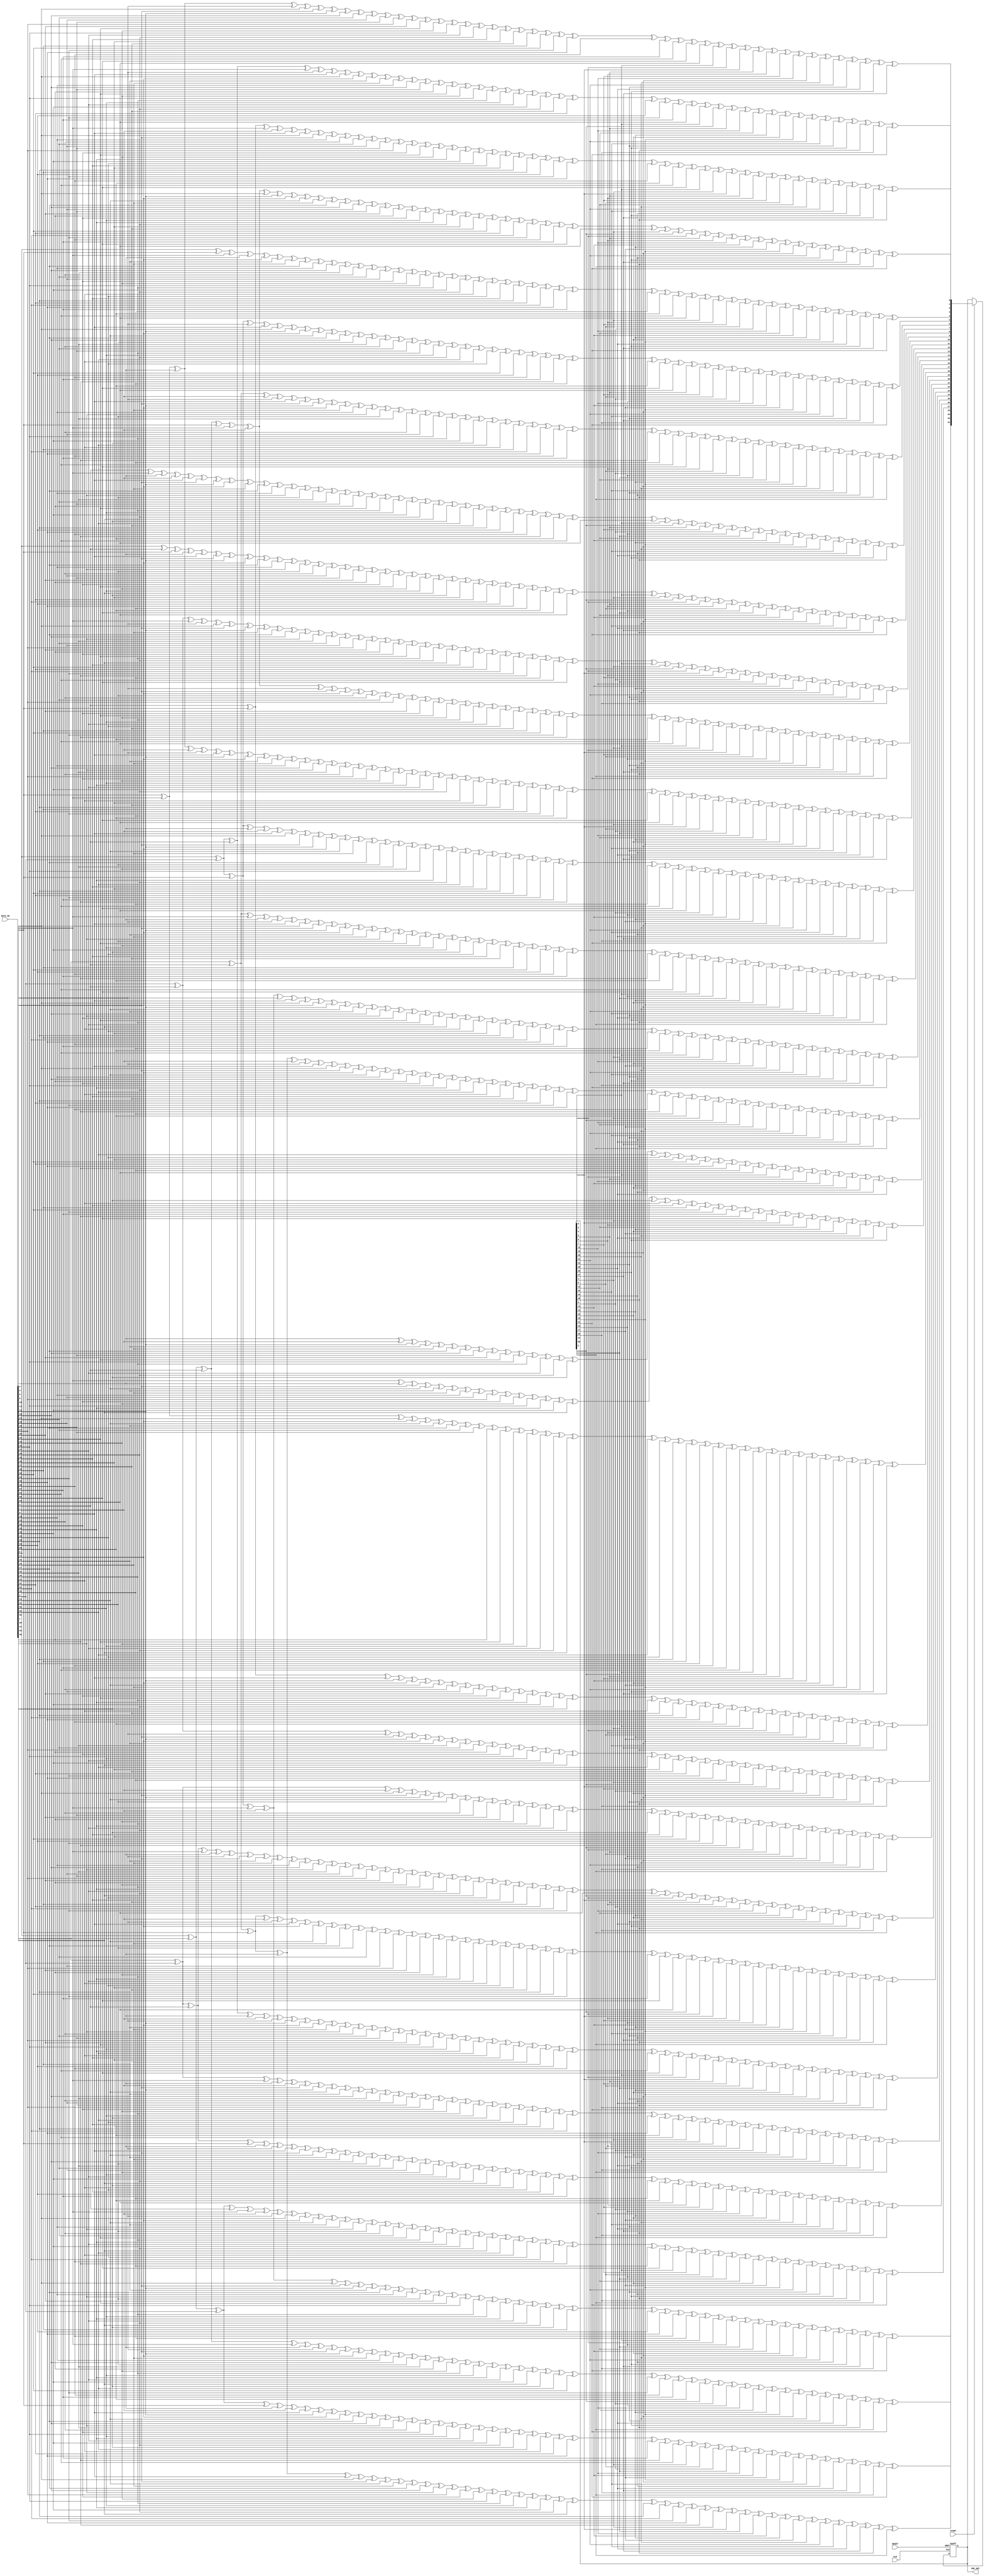
module CRC32_D64(DATA_IN, CLK, RESET, START, CRC_OUT);

  input [63:0] DATA_IN;
  input CLK;	
  input RESET;
  input START;
  output [31:0] CRC_OUT;
  
//  reg [31:0] CRC_FB;
  reg [31:0] CRC_OUT;
  reg [31:0] CRC_REG;

reg start_int;
reg startCRC;
wire [63:0] data_del;


assign   data_del = {DATA_IN[0],DATA_IN[1],DATA_IN[2],DATA_IN[3],DATA_IN[4],DATA_IN[5],DATA_IN[6],DATA_IN[7],
              DATA_IN[8],DATA_IN[9],DATA_IN[10],DATA_IN[11],DATA_IN[12],DATA_IN[13],DATA_IN[14],DATA_IN[15],
              DATA_IN[16],DATA_IN[17],DATA_IN[18],DATA_IN[19],DATA_IN[20],DATA_IN[21],DATA_IN[22],DATA_IN[23],
              DATA_IN[24],DATA_IN[25],DATA_IN[26],DATA_IN[27],DATA_IN[28],DATA_IN[29],DATA_IN[30],DATA_IN[31],
              DATA_IN[32],DATA_IN[33],DATA_IN[34],DATA_IN[35],DATA_IN[36],DATA_IN[37],DATA_IN[38],DATA_IN[39],
              DATA_IN[40],DATA_IN[41],DATA_IN[42],DATA_IN[43],DATA_IN[44],DATA_IN[45],DATA_IN[46],DATA_IN[47],
              DATA_IN[48],DATA_IN[49],DATA_IN[50],DATA_IN[51],DATA_IN[52],DATA_IN[53],DATA_IN[54],DATA_IN[55],
              DATA_IN[56],DATA_IN[57],DATA_IN[58],DATA_IN[59],DATA_IN[60],DATA_IN[61],DATA_IN[62],DATA_IN[63]}; 

//assign   data_del = 64'h1000000000000000;

always @(START)
begin
   startCRC <= START; 
end

always @(posedge CLK or posedge RESET)
  begin
    if (RESET) begin
        CRC_OUT <= 0;
        CRC_REG <= 0;
    end
    
    else if (startCRC == 1) begin 
		    CRC_OUT <= nextCRC32_D64(data_del, CRC_OUT);
    end 
    	
  end
  
 
///////////////////////////////////////////////////////////////////////
//                                                                     
// Copyright (C) 1999-2003 Easics NV.                 
// This source file may be used and distributed without restriction    
// provided that this copyright statement is not removed from the file 
// and that any derivative work contains the original copyright notice
// and the associated disclaimer.
//
// THIS SOURCE FILE IS PROVIDED "AS IS" AND WITHOUT ANY EXPRESS
// OR IMPLIED WARRANTIES, INCLUDING, WITHOUT LIMITATION, THE IMPLIED
// WARRANTIES OF MERCHANTIBILITY AND FITNESS FOR A PARTICULAR PURPOSE.
//
// Purpose: Verilog module containing a synthesizable CRC function
//   * polynomial: (0 1 2 4 5 7 8 10 11 12 16 22 23 26 32)
//   * data width: 64
//                                                                     
// Info: tools@easics.be
//       http://www.easics.com                                  
///////////////////////////////////////////////////////////////////////

  // polynomial: (0 1 2 4 5 7 8 10 11 12 16 22 23 26 32)
  // data width: 64
  // convention: the first serial data bit is D[63]
  function [31:0] nextCRC32_D64;

    input [63:0] Data;
    input [31:0] CRC;

    reg [63:0] D;
    reg [31:0] C;
    reg [31:0] NewCRC;

  begin

    D = Data;
    C = CRC;

    NewCRC[0] = D[63] ^ D[61] ^ D[60] ^ D[58] ^ D[55] ^ D[54] ^ D[53] ^ 
                D[50] ^ D[48] ^ D[47] ^ D[45] ^ D[44] ^ D[37] ^ D[34] ^ 
                D[32] ^ D[31] ^ D[30] ^ D[29] ^ D[28] ^ D[26] ^ D[25] ^ 
                D[24] ^ D[16] ^ D[12] ^ D[10] ^ D[9] ^ D[6] ^ D[0] ^ 
                C[0] ^ C[2] ^ C[5] ^ C[12] ^ C[13] ^ C[15] ^ C[16] ^ 
                C[18] ^ C[21] ^ C[22] ^ C[23] ^ C[26] ^ C[28] ^ C[29] ^ 
                C[31];
    NewCRC[1] = D[63] ^ D[62] ^ D[60] ^ D[59] ^ D[58] ^ D[56] ^ D[53] ^ 
                D[51] ^ D[50] ^ D[49] ^ D[47] ^ D[46] ^ D[44] ^ D[38] ^ 
                D[37] ^ D[35] ^ D[34] ^ D[33] ^ D[28] ^ D[27] ^ D[24] ^ 
                D[17] ^ D[16] ^ D[13] ^ D[12] ^ D[11] ^ D[9] ^ D[7] ^ 
                D[6] ^ D[1] ^ D[0] ^ C[1] ^ C[2] ^ C[3] ^ C[5] ^ C[6] ^ 
                C[12] ^ C[14] ^ C[15] ^ C[17] ^ C[18] ^ C[19] ^ C[21] ^ 
                C[24] ^ C[26] ^ C[27] ^ C[28] ^ C[30] ^ C[31];
    NewCRC[2] = D[59] ^ D[58] ^ D[57] ^ D[55] ^ D[53] ^ D[52] ^ D[51] ^ 
                D[44] ^ D[39] ^ D[38] ^ D[37] ^ D[36] ^ D[35] ^ D[32] ^ 
                D[31] ^ D[30] ^ D[26] ^ D[24] ^ D[18] ^ D[17] ^ D[16] ^ 
                D[14] ^ D[13] ^ D[9] ^ D[8] ^ D[7] ^ D[6] ^ D[2] ^ 
                D[1] ^ D[0] ^ C[0] ^ C[3] ^ C[4] ^ C[5] ^ C[6] ^ C[7] ^ 
                C[12] ^ C[19] ^ C[20] ^ C[21] ^ C[23] ^ C[25] ^ C[26] ^ 
                C[27];
    NewCRC[3] = D[60] ^ D[59] ^ D[58] ^ D[56] ^ D[54] ^ D[53] ^ D[52] ^ 
                D[45] ^ D[40] ^ D[39] ^ D[38] ^ D[37] ^ D[36] ^ D[33] ^ 
                D[32] ^ D[31] ^ D[27] ^ D[25] ^ D[19] ^ D[18] ^ D[17] ^ 
                D[15] ^ D[14] ^ D[10] ^ D[9] ^ D[8] ^ D[7] ^ D[3] ^ 
                D[2] ^ D[1] ^ C[0] ^ C[1] ^ C[4] ^ C[5] ^ C[6] ^ C[7] ^ 
                C[8] ^ C[13] ^ C[20] ^ C[21] ^ C[22] ^ C[24] ^ C[26] ^ 
                C[27] ^ C[28];
    NewCRC[4] = D[63] ^ D[59] ^ D[58] ^ D[57] ^ D[50] ^ D[48] ^ D[47] ^ 
                D[46] ^ D[45] ^ D[44] ^ D[41] ^ D[40] ^ D[39] ^ D[38] ^ 
                D[33] ^ D[31] ^ D[30] ^ D[29] ^ D[25] ^ D[24] ^ D[20] ^ 
                D[19] ^ D[18] ^ D[15] ^ D[12] ^ D[11] ^ D[8] ^ D[6] ^ 
                D[4] ^ D[3] ^ D[2] ^ D[0] ^ C[1] ^ C[6] ^ C[7] ^ C[8] ^ 
                C[9] ^ C[12] ^ C[13] ^ C[14] ^ C[15] ^ C[16] ^ C[18] ^ 
                C[25] ^ C[26] ^ C[27] ^ C[31];
    NewCRC[5] = D[63] ^ D[61] ^ D[59] ^ D[55] ^ D[54] ^ D[53] ^ D[51] ^ 
                D[50] ^ D[49] ^ D[46] ^ D[44] ^ D[42] ^ D[41] ^ D[40] ^ 
                D[39] ^ D[37] ^ D[29] ^ D[28] ^ D[24] ^ D[21] ^ D[20] ^ 
                D[19] ^ D[13] ^ D[10] ^ D[7] ^ D[6] ^ D[5] ^ D[4] ^ 
                D[3] ^ D[1] ^ D[0] ^ C[5] ^ C[7] ^ C[8] ^ C[9] ^ C[10] ^ 
                C[12] ^ C[14] ^ C[17] ^ C[18] ^ C[19] ^ C[21] ^ C[22] ^ 
                C[23] ^ C[27] ^ C[29] ^ C[31];
    NewCRC[6] = D[62] ^ D[60] ^ D[56] ^ D[55] ^ D[54] ^ D[52] ^ D[51] ^ 
                D[50] ^ D[47] ^ D[45] ^ D[43] ^ D[42] ^ D[41] ^ D[40] ^ 
                D[38] ^ D[30] ^ D[29] ^ D[25] ^ D[22] ^ D[21] ^ D[20] ^ 
                D[14] ^ D[11] ^ D[8] ^ D[7] ^ D[6] ^ D[5] ^ D[4] ^ 
                D[2] ^ D[1] ^ C[6] ^ C[8] ^ C[9] ^ C[10] ^ C[11] ^ 
                C[13] ^ C[15] ^ C[18] ^ C[19] ^ C[20] ^ C[22] ^ C[23] ^ 
                C[24] ^ C[28] ^ C[30];
    NewCRC[7] = D[60] ^ D[58] ^ D[57] ^ D[56] ^ D[54] ^ D[52] ^ D[51] ^ 
                D[50] ^ D[47] ^ D[46] ^ D[45] ^ D[43] ^ D[42] ^ D[41] ^ 
                D[39] ^ D[37] ^ D[34] ^ D[32] ^ D[29] ^ D[28] ^ D[25] ^ 
                D[24] ^ D[23] ^ D[22] ^ D[21] ^ D[16] ^ D[15] ^ D[10] ^ 
                D[8] ^ D[7] ^ D[5] ^ D[3] ^ D[2] ^ D[0] ^ C[0] ^ C[2] ^ 
                C[5] ^ C[7] ^ C[9] ^ C[10] ^ C[11] ^ C[13] ^ C[14] ^ 
                C[15] ^ C[18] ^ C[19] ^ C[20] ^ C[22] ^ C[24] ^ C[25] ^ 
                C[26] ^ C[28];
    NewCRC[8] = D[63] ^ D[60] ^ D[59] ^ D[57] ^ D[54] ^ D[52] ^ D[51] ^ 
                D[50] ^ D[46] ^ D[45] ^ D[43] ^ D[42] ^ D[40] ^ D[38] ^ 
                D[37] ^ D[35] ^ D[34] ^ D[33] ^ D[32] ^ D[31] ^ D[28] ^ 
                D[23] ^ D[22] ^ D[17] ^ D[12] ^ D[11] ^ D[10] ^ D[8] ^ 
                D[4] ^ D[3] ^ D[1] ^ D[0] ^ C[0] ^ C[1] ^ C[2] ^ C[3] ^ 
                C[5] ^ C[6] ^ C[8] ^ C[10] ^ C[11] ^ C[13] ^ C[14] ^ 
                C[18] ^ C[19] ^ C[20] ^ C[22] ^ C[25] ^ C[27] ^ C[28] ^ 
                C[31];
    NewCRC[9] = D[61] ^ D[60] ^ D[58] ^ D[55] ^ D[53] ^ D[52] ^ D[51] ^ 
                D[47] ^ D[46] ^ D[44] ^ D[43] ^ D[41] ^ D[39] ^ D[38] ^ 
                D[36] ^ D[35] ^ D[34] ^ D[33] ^ D[32] ^ D[29] ^ D[24] ^ 
                D[23] ^ D[18] ^ D[13] ^ D[12] ^ D[11] ^ D[9] ^ D[5] ^ 
                D[4] ^ D[2] ^ D[1] ^ C[0] ^ C[1] ^ C[2] ^ C[3] ^ C[4] ^ 
                C[6] ^ C[7] ^ C[9] ^ C[11] ^ C[12] ^ C[14] ^ C[15] ^ 
                C[19] ^ C[20] ^ C[21] ^ C[23] ^ C[26] ^ C[28] ^ C[29];
    NewCRC[10] = D[63] ^ D[62] ^ D[60] ^ D[59] ^ D[58] ^ D[56] ^ D[55] ^ 
                 D[52] ^ D[50] ^ D[42] ^ D[40] ^ D[39] ^ D[36] ^ D[35] ^ 
                 D[33] ^ D[32] ^ D[31] ^ D[29] ^ D[28] ^ D[26] ^ D[19] ^ 
                 D[16] ^ D[14] ^ D[13] ^ D[9] ^ D[5] ^ D[3] ^ D[2] ^ 
                 D[0] ^ C[0] ^ C[1] ^ C[3] ^ C[4] ^ C[7] ^ C[8] ^ C[10] ^ 
                 C[18] ^ C[20] ^ C[23] ^ C[24] ^ C[26] ^ C[27] ^ C[28] ^ 
                 C[30] ^ C[31];
    NewCRC[11] = D[59] ^ D[58] ^ D[57] ^ D[56] ^ D[55] ^ D[54] ^ D[51] ^ 
                 D[50] ^ D[48] ^ D[47] ^ D[45] ^ D[44] ^ D[43] ^ D[41] ^ 
                 D[40] ^ D[36] ^ D[33] ^ D[31] ^ D[28] ^ D[27] ^ D[26] ^ 
                 D[25] ^ D[24] ^ D[20] ^ D[17] ^ D[16] ^ D[15] ^ D[14] ^ 
                 D[12] ^ D[9] ^ D[4] ^ D[3] ^ D[1] ^ D[0] ^ C[1] ^ C[4] ^ 
                 C[8] ^ C[9] ^ C[11] ^ C[12] ^ C[13] ^ C[15] ^ C[16] ^ 
                 C[18] ^ C[19] ^ C[22] ^ C[23] ^ C[24] ^ C[25] ^ C[26] ^ 
                 C[27];
    NewCRC[12] = D[63] ^ D[61] ^ D[59] ^ D[57] ^ D[56] ^ D[54] ^ D[53] ^ 
                 D[52] ^ D[51] ^ D[50] ^ D[49] ^ D[47] ^ D[46] ^ D[42] ^ 
                 D[41] ^ D[31] ^ D[30] ^ D[27] ^ D[24] ^ D[21] ^ D[18] ^ 
                 D[17] ^ D[15] ^ D[13] ^ D[12] ^ D[9] ^ D[6] ^ D[5] ^ 
                 D[4] ^ D[2] ^ D[1] ^ D[0] ^ C[9] ^ C[10] ^ C[14] ^ 
                 C[15] ^ C[17] ^ C[18] ^ C[19] ^ C[20] ^ C[21] ^ C[22] ^ 
                 C[24] ^ C[25] ^ C[27] ^ C[29] ^ C[31];
    NewCRC[13] = D[62] ^ D[60] ^ D[58] ^ D[57] ^ D[55] ^ D[54] ^ D[53] ^ 
                 D[52] ^ D[51] ^ D[50] ^ D[48] ^ D[47] ^ D[43] ^ D[42] ^ 
                 D[32] ^ D[31] ^ D[28] ^ D[25] ^ D[22] ^ D[19] ^ D[18] ^ 
                 D[16] ^ D[14] ^ D[13] ^ D[10] ^ D[7] ^ D[6] ^ D[5] ^ 
                 D[3] ^ D[2] ^ D[1] ^ C[0] ^ C[10] ^ C[11] ^ C[15] ^ 
                 C[16] ^ C[18] ^ C[19] ^ C[20] ^ C[21] ^ C[22] ^ C[23] ^ 
                 C[25] ^ C[26] ^ C[28] ^ C[30];
    NewCRC[14] = D[63] ^ D[61] ^ D[59] ^ D[58] ^ D[56] ^ D[55] ^ D[54] ^ 
                 D[53] ^ D[52] ^ D[51] ^ D[49] ^ D[48] ^ D[44] ^ D[43] ^ 
                 D[33] ^ D[32] ^ D[29] ^ D[26] ^ D[23] ^ D[20] ^ D[19] ^ 
                 D[17] ^ D[15] ^ D[14] ^ D[11] ^ D[8] ^ D[7] ^ D[6] ^ 
                 D[4] ^ D[3] ^ D[2] ^ C[0] ^ C[1] ^ C[11] ^ C[12] ^ 
                 C[16] ^ C[17] ^ C[19] ^ C[20] ^ C[21] ^ C[22] ^ C[23] ^ 
                 C[24] ^ C[26] ^ C[27] ^ C[29] ^ C[31];
    NewCRC[15] = D[62] ^ D[60] ^ D[59] ^ D[57] ^ D[56] ^ D[55] ^ D[54] ^ 
                 D[53] ^ D[52] ^ D[50] ^ D[49] ^ D[45] ^ D[44] ^ D[34] ^ 
                 D[33] ^ D[30] ^ D[27] ^ D[24] ^ D[21] ^ D[20] ^ D[18] ^ 
                 D[16] ^ D[15] ^ D[12] ^ D[9] ^ D[8] ^ D[7] ^ D[5] ^ 
                 D[4] ^ D[3] ^ C[1] ^ C[2] ^ C[12] ^ C[13] ^ C[17] ^ 
                 C[18] ^ C[20] ^ C[21] ^ C[22] ^ C[23] ^ C[24] ^ C[25] ^ 
                 C[27] ^ C[28] ^ C[30];
    NewCRC[16] = D[57] ^ D[56] ^ D[51] ^ D[48] ^ D[47] ^ D[46] ^ D[44] ^ 
                 D[37] ^ D[35] ^ D[32] ^ D[30] ^ D[29] ^ D[26] ^ D[24] ^ 
                 D[22] ^ D[21] ^ D[19] ^ D[17] ^ D[13] ^ D[12] ^ D[8] ^ 
                 D[5] ^ D[4] ^ D[0] ^ C[0] ^ C[3] ^ C[5] ^ C[12] ^ C[14] ^ 
                 C[15] ^ C[16] ^ C[19] ^ C[24] ^ C[25];
    NewCRC[17] = D[58] ^ D[57] ^ D[52] ^ D[49] ^ D[48] ^ D[47] ^ D[45] ^ 
                 D[38] ^ D[36] ^ D[33] ^ D[31] ^ D[30] ^ D[27] ^ D[25] ^ 
                 D[23] ^ D[22] ^ D[20] ^ D[18] ^ D[14] ^ D[13] ^ D[9] ^ 
                 D[6] ^ D[5] ^ D[1] ^ C[1] ^ C[4] ^ C[6] ^ C[13] ^ C[15] ^ 
                 C[16] ^ C[17] ^ C[20] ^ C[25] ^ C[26];
    NewCRC[18] = D[59] ^ D[58] ^ D[53] ^ D[50] ^ D[49] ^ D[48] ^ D[46] ^ 
                 D[39] ^ D[37] ^ D[34] ^ D[32] ^ D[31] ^ D[28] ^ D[26] ^ 
                 D[24] ^ D[23] ^ D[21] ^ D[19] ^ D[15] ^ D[14] ^ D[10] ^ 
                 D[7] ^ D[6] ^ D[2] ^ C[0] ^ C[2] ^ C[5] ^ C[7] ^ C[14] ^ 
                 C[16] ^ C[17] ^ C[18] ^ C[21] ^ C[26] ^ C[27];
    NewCRC[19] = D[60] ^ D[59] ^ D[54] ^ D[51] ^ D[50] ^ D[49] ^ D[47] ^ 
                 D[40] ^ D[38] ^ D[35] ^ D[33] ^ D[32] ^ D[29] ^ D[27] ^ 
                 D[25] ^ D[24] ^ D[22] ^ D[20] ^ D[16] ^ D[15] ^ D[11] ^ 
                 D[8] ^ D[7] ^ D[3] ^ C[0] ^ C[1] ^ C[3] ^ C[6] ^ C[8] ^ 
                 C[15] ^ C[17] ^ C[18] ^ C[19] ^ C[22] ^ C[27] ^ C[28];
    NewCRC[20] = D[61] ^ D[60] ^ D[55] ^ D[52] ^ D[51] ^ D[50] ^ D[48] ^ 
                 D[41] ^ D[39] ^ D[36] ^ D[34] ^ D[33] ^ D[30] ^ D[28] ^ 
                 D[26] ^ D[25] ^ D[23] ^ D[21] ^ D[17] ^ D[16] ^ D[12] ^ 
                 D[9] ^ D[8] ^ D[4] ^ C[1] ^ C[2] ^ C[4] ^ C[7] ^ C[9] ^ 
                 C[16] ^ C[18] ^ C[19] ^ C[20] ^ C[23] ^ C[28] ^ C[29];
    NewCRC[21] = D[62] ^ D[61] ^ D[56] ^ D[53] ^ D[52] ^ D[51] ^ D[49] ^ 
                 D[42] ^ D[40] ^ D[37] ^ D[35] ^ D[34] ^ D[31] ^ D[29] ^ 
                 D[27] ^ D[26] ^ D[24] ^ D[22] ^ D[18] ^ D[17] ^ D[13] ^ 
                 D[10] ^ D[9] ^ D[5] ^ C[2] ^ C[3] ^ C[5] ^ C[8] ^ C[10] ^ 
                 C[17] ^ C[19] ^ C[20] ^ C[21] ^ C[24] ^ C[29] ^ C[30];
    NewCRC[22] = D[62] ^ D[61] ^ D[60] ^ D[58] ^ D[57] ^ D[55] ^ D[52] ^ 
                 D[48] ^ D[47] ^ D[45] ^ D[44] ^ D[43] ^ D[41] ^ D[38] ^ 
                 D[37] ^ D[36] ^ D[35] ^ D[34] ^ D[31] ^ D[29] ^ D[27] ^ 
                 D[26] ^ D[24] ^ D[23] ^ D[19] ^ D[18] ^ D[16] ^ D[14] ^ 
                 D[12] ^ D[11] ^ D[9] ^ D[0] ^ C[2] ^ C[3] ^ C[4] ^ 
                 C[5] ^ C[6] ^ C[9] ^ C[11] ^ C[12] ^ C[13] ^ C[15] ^ 
                 C[16] ^ C[20] ^ C[23] ^ C[25] ^ C[26] ^ C[28] ^ C[29] ^ 
                 C[30];
    NewCRC[23] = D[62] ^ D[60] ^ D[59] ^ D[56] ^ D[55] ^ D[54] ^ D[50] ^ 
                 D[49] ^ D[47] ^ D[46] ^ D[42] ^ D[39] ^ D[38] ^ D[36] ^ 
                 D[35] ^ D[34] ^ D[31] ^ D[29] ^ D[27] ^ D[26] ^ D[20] ^ 
                 D[19] ^ D[17] ^ D[16] ^ D[15] ^ D[13] ^ D[9] ^ D[6] ^ 
                 D[1] ^ D[0] ^ C[2] ^ C[3] ^ C[4] ^ C[6] ^ C[7] ^ C[10] ^ 
                 C[14] ^ C[15] ^ C[17] ^ C[18] ^ C[22] ^ C[23] ^ C[24] ^ 
                 C[27] ^ C[28] ^ C[30];
    NewCRC[24] = D[63] ^ D[61] ^ D[60] ^ D[57] ^ D[56] ^ D[55] ^ D[51] ^ 
                 D[50] ^ D[48] ^ D[47] ^ D[43] ^ D[40] ^ D[39] ^ D[37] ^ 
                 D[36] ^ D[35] ^ D[32] ^ D[30] ^ D[28] ^ D[27] ^ D[21] ^ 
                 D[20] ^ D[18] ^ D[17] ^ D[16] ^ D[14] ^ D[10] ^ D[7] ^ 
                 D[2] ^ D[1] ^ C[0] ^ C[3] ^ C[4] ^ C[5] ^ C[7] ^ C[8] ^ 
                 C[11] ^ C[15] ^ C[16] ^ C[18] ^ C[19] ^ C[23] ^ C[24] ^ 
                 C[25] ^ C[28] ^ C[29] ^ C[31];
    NewCRC[25] = D[62] ^ D[61] ^ D[58] ^ D[57] ^ D[56] ^ D[52] ^ D[51] ^ 
                 D[49] ^ D[48] ^ D[44] ^ D[41] ^ D[40] ^ D[38] ^ D[37] ^ 
                 D[36] ^ D[33] ^ D[31] ^ D[29] ^ D[28] ^ D[22] ^ D[21] ^ 
                 D[19] ^ D[18] ^ D[17] ^ D[15] ^ D[11] ^ D[8] ^ D[3] ^ 
                 D[2] ^ C[1] ^ C[4] ^ C[5] ^ C[6] ^ C[8] ^ C[9] ^ C[12] ^ 
                 C[16] ^ C[17] ^ C[19] ^ C[20] ^ C[24] ^ C[25] ^ C[26] ^ 
                 C[29] ^ C[30];
    NewCRC[26] = D[62] ^ D[61] ^ D[60] ^ D[59] ^ D[57] ^ D[55] ^ D[54] ^ 
                 D[52] ^ D[49] ^ D[48] ^ D[47] ^ D[44] ^ D[42] ^ D[41] ^ 
                 D[39] ^ D[38] ^ D[31] ^ D[28] ^ D[26] ^ D[25] ^ D[24] ^ 
                 D[23] ^ D[22] ^ D[20] ^ D[19] ^ D[18] ^ D[10] ^ D[6] ^ 
                 D[4] ^ D[3] ^ D[0] ^ C[6] ^ C[7] ^ C[9] ^ C[10] ^ C[12] ^ 
                 C[15] ^ C[16] ^ C[17] ^ C[20] ^ C[22] ^ C[23] ^ C[25] ^ 
                 C[27] ^ C[28] ^ C[29] ^ C[30];
    NewCRC[27] = D[63] ^ D[62] ^ D[61] ^ D[60] ^ D[58] ^ D[56] ^ D[55] ^ 
                 D[53] ^ D[50] ^ D[49] ^ D[48] ^ D[45] ^ D[43] ^ D[42] ^ 
                 D[40] ^ D[39] ^ D[32] ^ D[29] ^ D[27] ^ D[26] ^ D[25] ^ 
                 D[24] ^ D[23] ^ D[21] ^ D[20] ^ D[19] ^ D[11] ^ D[7] ^ 
                 D[5] ^ D[4] ^ D[1] ^ C[0] ^ C[7] ^ C[8] ^ C[10] ^ C[11] ^ 
                 C[13] ^ C[16] ^ C[17] ^ C[18] ^ C[21] ^ C[23] ^ C[24] ^ 
                 C[26] ^ C[28] ^ C[29] ^ C[30] ^ C[31];
    NewCRC[28] = D[63] ^ D[62] ^ D[61] ^ D[59] ^ D[57] ^ D[56] ^ D[54] ^ 
                 D[51] ^ D[50] ^ D[49] ^ D[46] ^ D[44] ^ D[43] ^ D[41] ^ 
                 D[40] ^ D[33] ^ D[30] ^ D[28] ^ D[27] ^ D[26] ^ D[25] ^ 
                 D[24] ^ D[22] ^ D[21] ^ D[20] ^ D[12] ^ D[8] ^ D[6] ^ 
                 D[5] ^ D[2] ^ C[1] ^ C[8] ^ C[9] ^ C[11] ^ C[12] ^ 
                 C[14] ^ C[17] ^ C[18] ^ C[19] ^ C[22] ^ C[24] ^ C[25] ^ 
                 C[27] ^ C[29] ^ C[30] ^ C[31];
    NewCRC[29] = D[63] ^ D[62] ^ D[60] ^ D[58] ^ D[57] ^ D[55] ^ D[52] ^ 
                 D[51] ^ D[50] ^ D[47] ^ D[45] ^ D[44] ^ D[42] ^ D[41] ^ 
                 D[34] ^ D[31] ^ D[29] ^ D[28] ^ D[27] ^ D[26] ^ D[25] ^ 
                 D[23] ^ D[22] ^ D[21] ^ D[13] ^ D[9] ^ D[7] ^ D[6] ^ 
                 D[3] ^ C[2] ^ C[9] ^ C[10] ^ C[12] ^ C[13] ^ C[15] ^ 
                 C[18] ^ C[19] ^ C[20] ^ C[23] ^ C[25] ^ C[26] ^ C[28] ^ 
                 C[30] ^ C[31];
    NewCRC[30] = D[63] ^ D[61] ^ D[59] ^ D[58] ^ D[56] ^ D[53] ^ D[52] ^ 
                 D[51] ^ D[48] ^ D[46] ^ D[45] ^ D[43] ^ D[42] ^ D[35] ^ 
                 D[32] ^ D[30] ^ D[29] ^ D[28] ^ D[27] ^ D[26] ^ D[24] ^ 
                 D[23] ^ D[22] ^ D[14] ^ D[10] ^ D[8] ^ D[7] ^ D[4] ^ 
                 C[0] ^ C[3] ^ C[10] ^ C[11] ^ C[13] ^ C[14] ^ C[16] ^ 
                 C[19] ^ C[20] ^ C[21] ^ C[24] ^ C[26] ^ C[27] ^ C[29] ^ 
                 C[31];
    NewCRC[31] = D[62] ^ D[60] ^ D[59] ^ D[57] ^ D[54] ^ D[53] ^ D[52] ^ 
                 D[49] ^ D[47] ^ D[46] ^ D[44] ^ D[43] ^ D[36] ^ D[33] ^ 
                 D[31] ^ D[30] ^ D[29] ^ D[28] ^ D[27] ^ D[25] ^ D[24] ^ 
                 D[23] ^ D[15] ^ D[11] ^ D[9] ^ D[8] ^ D[5] ^ C[1] ^ 
                 C[4] ^ C[11] ^ C[12] ^ C[14] ^ C[15] ^ C[17] ^ C[20] ^ 
                 C[21] ^ C[22] ^ C[25] ^ C[27] ^ C[28] ^ C[30];

    nextCRC32_D64 = NewCRC;

  end

  endfunction

endmodule